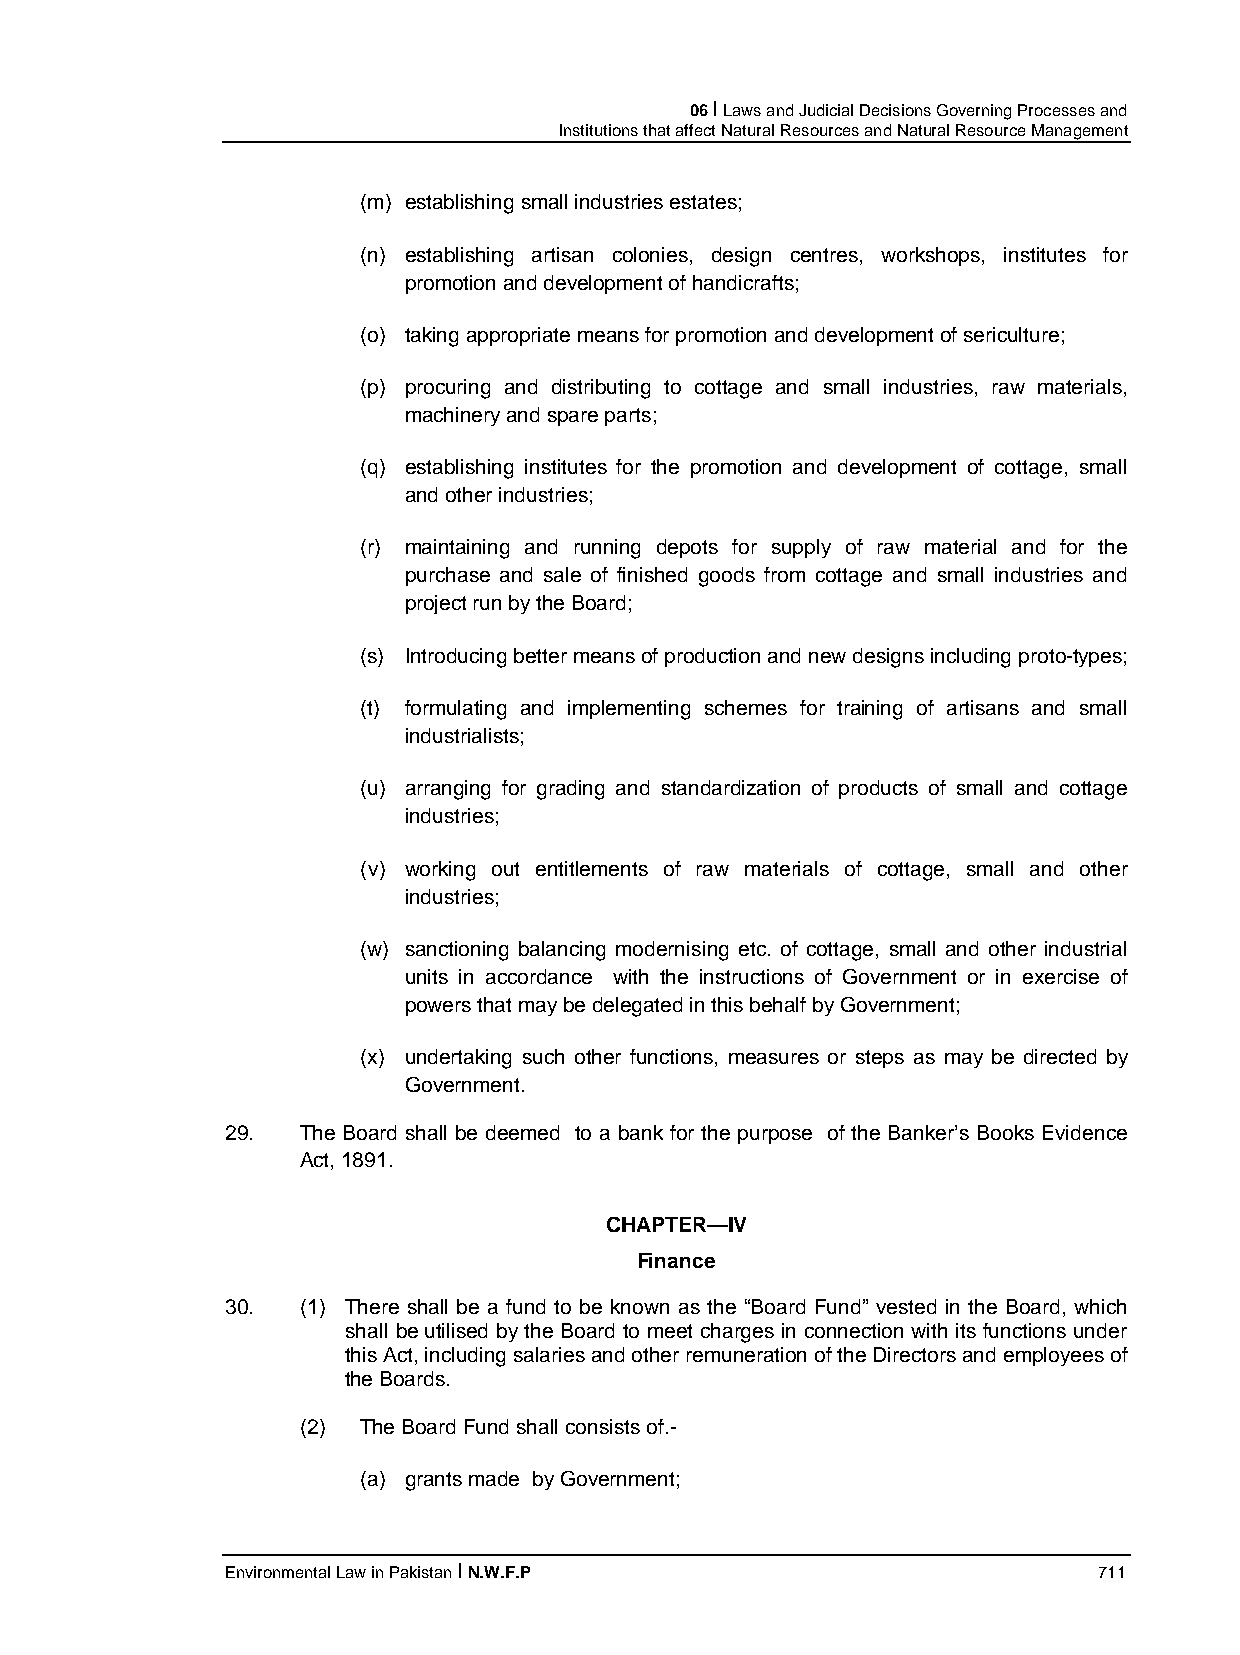
06 I Laws and Judicial Decisions Governing Processes and
 Institutions that affect Natural Resources and Natural Resource Management
 (m) establishing small industries estates;
 (n) establishing artisan colonies, design centres, workshops, institutes for
 promotion and development of handicrafts;
 (o) taking appropriate means for promotion and development of sericulture;
 (p) procuring and distributing to cottage and small industries, raw materials,
 machinery and spare parts;
 (q) establishing institutes for the promotion and development of cottage, small
 and other industries;
 (r) maintaining and running depots for supply of raw material and for the
 purchase and sale of finished goods from cottage and small industries and
 project run by the Board;
 (s) Introducing better means of production and new designs including proto-types;
 (t) formulating and implementing schemes for training of artisans and small
 industrialists;
 (u) arranging for grading and standardization of products of small and cottage
 industries;
 (v) working out entitlements of raw materials of cottage, small and other
 industries;
 (w) sanctioning balancing modernising etc. of cottage, small and other industrial
 units in accordance with the instructions of Government or in exercise of
 powers that may be delegated in this behalf by Government;
 (x) undertaking such other functions, measures or steps as may be directed by
 Government.
 29.  The Board shall be deemed to a bank for the purpose of the Banker’s Books Evidence
 Act, 1891.
 CHAPTER—IV
 Finance
 30.  (1) There shall be a fund to be known as the “Board Fund” vested in the Board, which
 shall be utilised by the Board to meet charges in connection with its functions under
 this Act, including salaries and other remuneration of the Directors and employees of
 the Boards.
 (2) The Board Fund shall consists of.-
 (a) grants made by Government;
 Environmental Law in Pakistan I N.W.F.P                   711